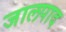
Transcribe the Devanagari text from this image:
जालपाद